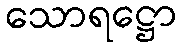
သောရဋ္ဌော